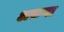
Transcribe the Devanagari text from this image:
अफ़गा